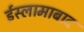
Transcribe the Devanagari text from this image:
ईस्लामाबाद